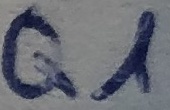
Text: Q1